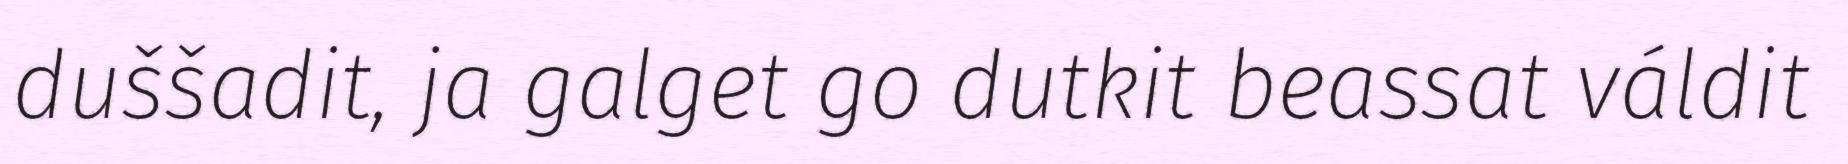
duššadit, ja galget go dutkit beassat váldit